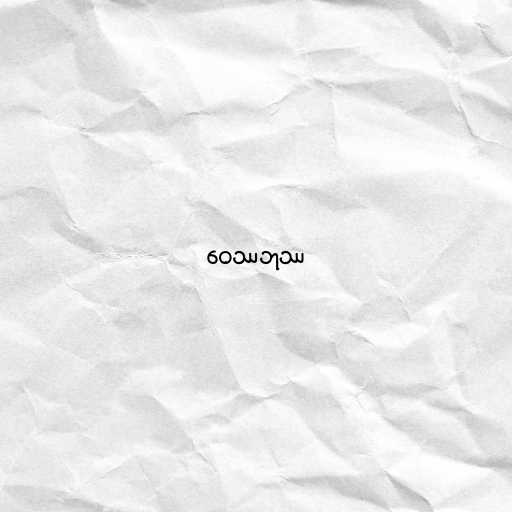
ဝေဿဘုဿ